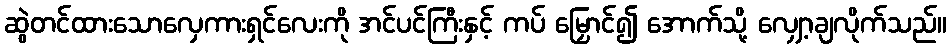
ဆွဲတင်ထားသောလှေကားရှင်လေးကို အင်ပင်ကြီးနှင့် ကပ် မြှောင်၍ အောက်သို့ လျှော့ချလိုက်သည်။